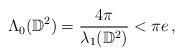
LaTeX: \begin{align*}\Lambda_0(\mathbb{D}^2)=\frac{4\pi}{\lambda_1(\mathbb{D}^2)}<\pi e\,,\end{align*}